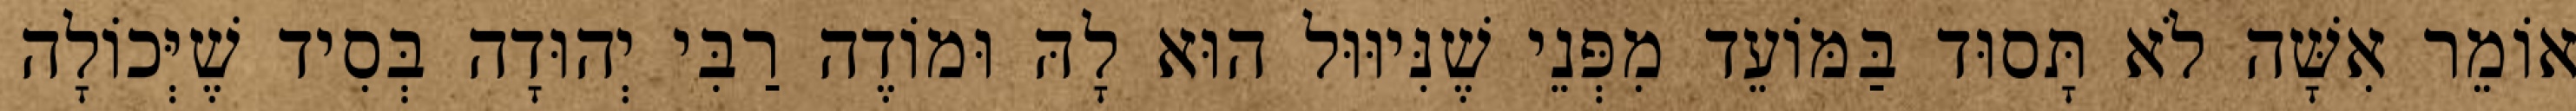
אוֹמֵר אִשָּׁה לֹא תָּסוּד בַּמּוֹעֵד מִפְּנֵי שֶׁנִּיוּוּל הוּא לָהּ וּמוֹדֶה רַבִּי יְהוּדָה בְּסִיד שֶׁיְּכוֹלָה